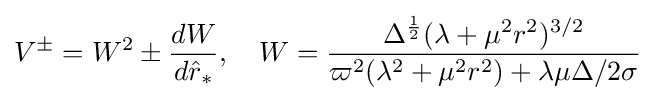
V^{\pm }=W^{2}\pm {\frac {dW}{d{\hat {r}}_{*}}},\quad W={\frac {\Delta ^{\frac {1}{2}}(\lambda +\mu ^{2}r^{2})^{3/2}}{\varpi ^{2}(\lambda ^{2}+\mu ^{2}r^{2})+\lambda \mu \Delta /2\sigma }}